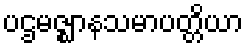
ပဌမဇ္ဈာနသမာပတ္တိယာ